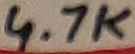
Text: 4.7K